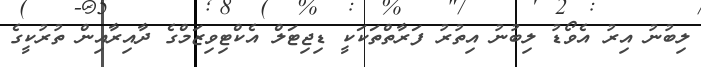
ލިބުނު އިރު އެވޯޑު ލިބުނު އިތުރު ފަރާތްތަކަކީ ޑިޖިޓަލް އެކްޓިވިޒަމްގެ ދާއިރާއިން ތުރުކީގެ